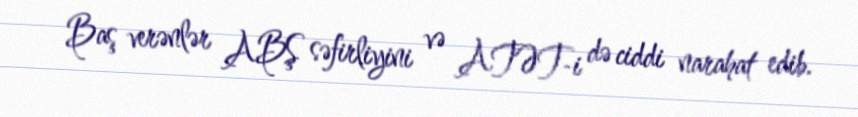
Baş verənlər ABŞ səfirliyini və ATƏT-i də ciddi narahat edib.